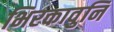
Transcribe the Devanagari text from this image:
भिरकावुनि